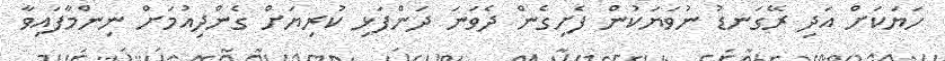
ހަޔަކަށް އަދި ރޭގަނޑު ނުވަޔަކުން ފެށިގެން ދެވަނަ ދަންފަޅި ކުރިޔަށް ގެންދިއުމަށް ނިންމާފައިވާ